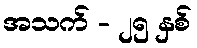
အသက် - ၂၅ နှစ်